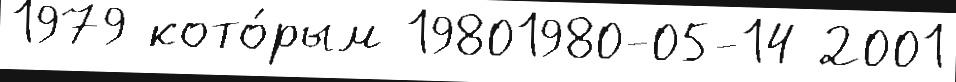
1979 кото́рым 19801980-05-14 2001